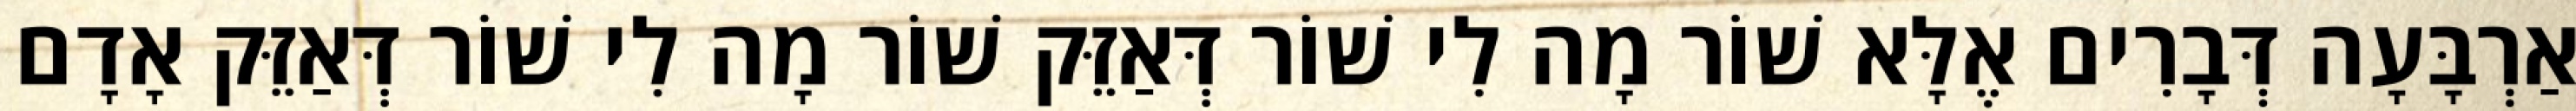
אַרְבָּעָה דְּבָרִים אֶלָּא שׁוֹר מָה לִי שׁוֹר דְּאַזֵּק שׁוֹר מָה לִי שׁוֹר דְּאַזֵּק אָדָם